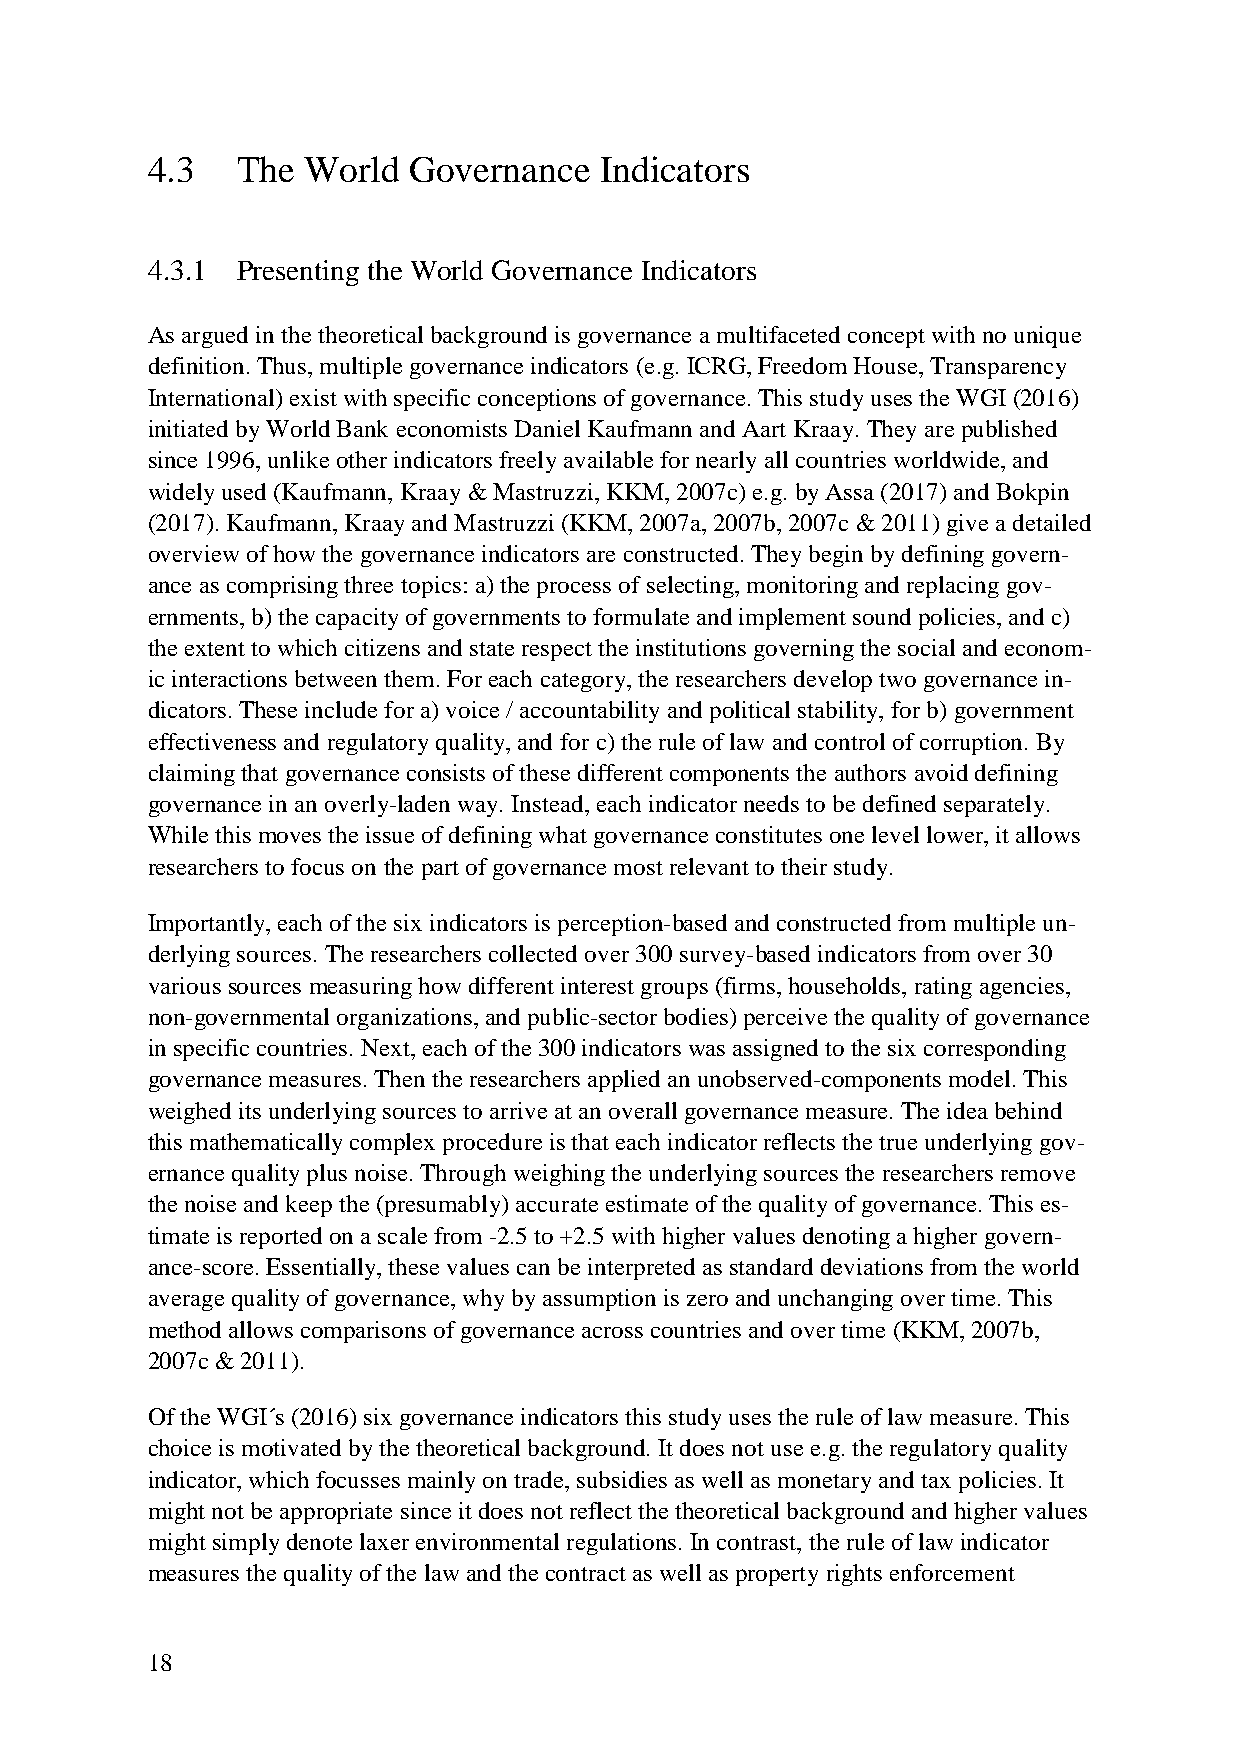
4.3   The World  Governance   Indicators
 4.3.1 Presenting the World Governance Indicators
 As argued in the theoretical background is governance a multifaceted concept with no unique
 definition. Thus, multiple governance indicators (e.g. ICRG, Freedom House, Transparency
 International) exist with specific conceptions of governance. This study uses the WGI (2016)
 initiated by World Bank economists Daniel Kaufmann and Aart Kraay. They are published
 since 1996, unlike other indicators freely available for nearly all countries worldwide, and
 widely used (Kaufmann, Kraay & Mastruzzi, KKM, 2007c) e.g. by Assa (2017) and Bokpin
 (2017). Kaufmann, Kraay and Mastruzzi (KKM, 2007a, 2007b, 2007c & 2011) give a detailed
 overview of how the governance indicators are constructed. They begin by defining govern-
 ance as comprising three topics: a) the process of selecting, monitoring and replacing gov-
 ernments, b) the capacity of governments to formulate and implement sound policies, and c)
 the extent to which citizens and state respect the institutions governing the social and econom-
 ic interactions between them. For each category, the researchers develop two governance in-
 dicators. These include for a) voice / accountability and political stability, for b) government
 effectiveness and regulatory quality, and for c) the rule of law and control of corruption. By
 claiming that governance consists of these different components the authors avoid defining
 governance in an overly-laden way. Instead, each indicator needs to be defined separately.
 While this moves the issue of defining what governance constitutes one level lower, it allows
 researchers to focus on the part of governance most relevant to their study.
 Importantly, each of the six indicators is perception-based and constructed from multiple un-
 derlying sources. The researchers collected over 300 survey-based indicators from over 30
 various sources measuring how different interest groups (firms, households, rating agencies,
 non-governmental organizations, and public-sector bodies) perceive the quality of governance
 in specific countries. Next, each of the 300 indicators was assigned to the six corresponding
 governance measures. Then the researchers applied an unobserved-components model. This
 weighed its underlying sources to arrive at an overall governance measure. The idea behind
 this mathematically complex procedure is that each indicator reflects the true underlying gov-
 ernance quality plus noise. Through weighing the underlying sources the researchers remove
 the noise and keep the (presumably) accurate estimate of the quality of governance. This es-
 timate is reported on a scale from -2.5 to +2.5 with higher values denoting a higher govern-
 ance-score. Essentially, these values can be interpreted as standard deviations from the world
 average quality of governance, why by assumption is zero and unchanging over time. This
 method allows comparisons of governance across countries and over time (KKM, 2007b,
 2007c & 2011).
 Of the WGI´s (2016) six governance indicators this study uses the rule of law measure. This
 choice is motivated by the theoretical background. It does not use e.g. the regulatory quality
 indicator, which focusses mainly on trade, subsidies as well as monetary and tax policies. It
 might not be appropriate since it does not reflect the theoretical background and higher values
 might simply denote laxer environmental regulations. In contrast, the rule of law indicator
 measures the quality of the law and the contract as well as property rights enforcement
 18